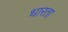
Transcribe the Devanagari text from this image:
धारता